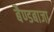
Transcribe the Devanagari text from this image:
बैण्डबाजा